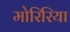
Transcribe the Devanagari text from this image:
मोरिरिया